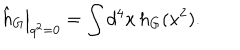
\left. \hat { h } _ { G } \right| _ { q ^ { 2 } = 0 } = \int d ^ { 4 } x \, h _ { G } ( x ^ { 2 } ) .